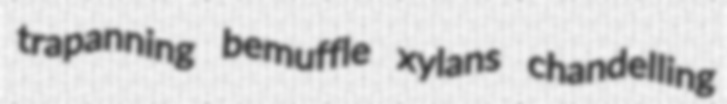
trapanning bemuffle xylans chandelling